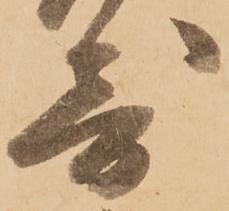
寄